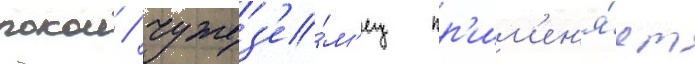
покои / чужез'е́м'ец пр'им'ен'я́ет